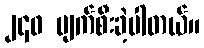
၂၄၀ ပျက်စီးခဲ့ပါတယ်။